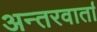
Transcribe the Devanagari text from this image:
अन्तरवार्ता